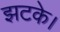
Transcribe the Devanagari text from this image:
झटके।